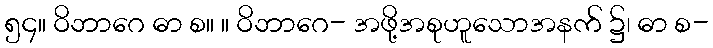
၅၄။ ဝိဘာဂေ ဓာ စ။ ။ ဝိဘာဂေ- အဖို့အစုဟူသောအနက် ၌၊ ဓာ စ-